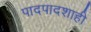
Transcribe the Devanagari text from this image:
पादपादशाही